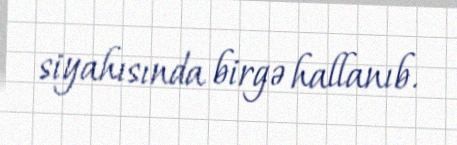
siyahısında birgə hallanıb.